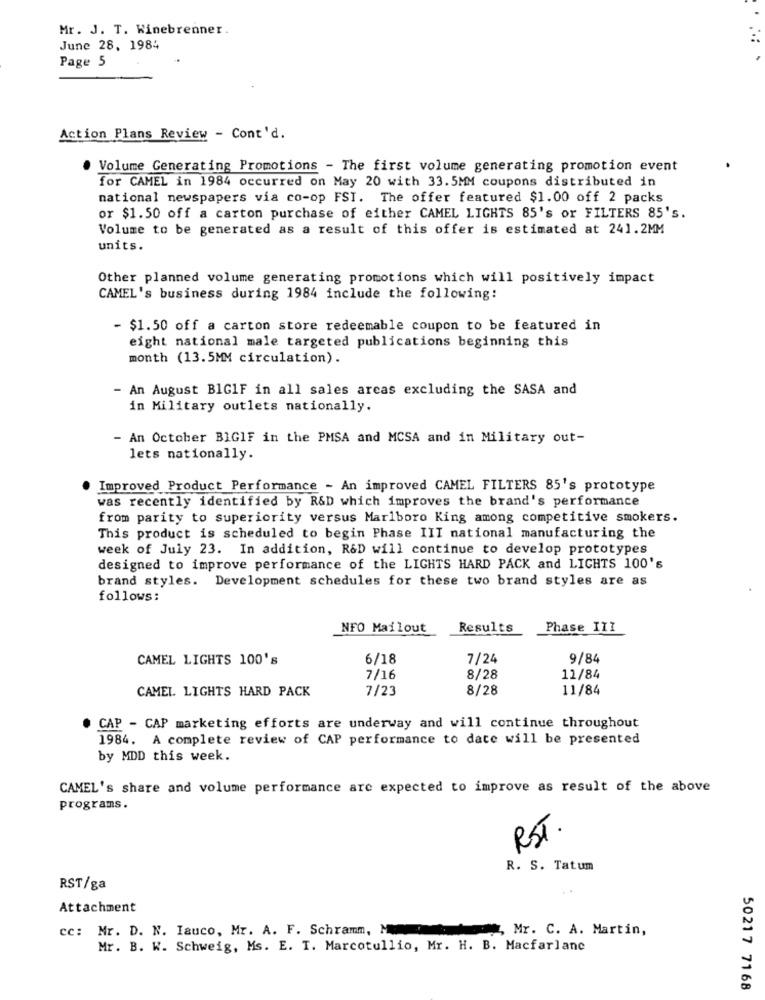
Mr. J. T. Winebrenner.
June 28. 1984
Page 5
Action Plans Review - Cont'd.
Volume Generating Promotions - The first volume generating promotion event
for CAMEL in 1984 occurred on May 20 with 33.5MM coupons distributed in
national newspapers via co-op FST. The offer featured $1.00 off 2 packs
or $1.50 off a carton purchase of either CAMEL LIGHTS 85's or FILTERS 85's.
Volume to be generated as a result of this offer is estimated at 241.2MM
units.
Other planned volume generating promotions which will positively impact
CAMEL's business during 1984 include the following:
- $1.50 off a carton store redeemable coupon to be featured in
eight national male targeted publications beginning this
month (13.5MM circulation).
- An August BIG1F in all sales areas excluding the SASA and
in Military outlets nationally.
- An October BIGIF in the PMSA and MCSA and in Military out-
lets nationally.
Improved Product Performance - An improved CAMEL FILTERS 85's prototype
was recently identified by R&D which improves the brand's performance
from parity to superiority versus Marlboro King among competitive smokers.
This product is scheduled to begin Phase III national manufacturing the
week of July 23. In addition, R&D will continue to develop prototypes
designed to improve performance of the LIGHTS HARD PACK and LICHTS 100's
brand styles. Development schedules for these two brand styles are as
follows:
NFO Mailout
Results
Phase III
CAMEL LIGHTS 100's
6/18
7/24
9/84
7/16
8/28
11/84
CAMEL LIGHTS HARD PACK
7/23
8/28
11/84
CAP - CAP marketing efforts are underway and will continue throughout
1984. A complete review of CAP performance to date will be presented
by MDD this week.
CAMEL's share and volume performance are expected to improve as result of the above
programs.
RST.
R. S. Tatum
RST/ga
Attachment
cc: Mr. D. N. Iauco, Mr. A. F. Schramm, M
Mr. C. A. Martin,
Mr. B. W. Schweig, Ms. E. T. Marcotullio, Mr. H. B. Macfarlane
50217 7168